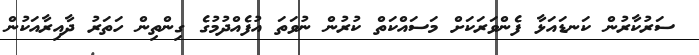
ސަރުކާރުން ކަނޑައަޅާ ފެންވަރަކަށް މަސައްކަތް ކުރުން ނުވަތަ އުފެއްދުމުގެ ގިންތިން ހަތަރު ދާއިރާއަކުން